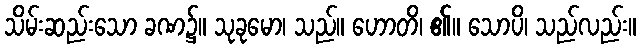
သိမ်းဆည်းသော ခဏ၌။ သုခုမော၊ သည်။ ဟောတိ၊ ၏။ သောပိ၊ သည်လည်း။